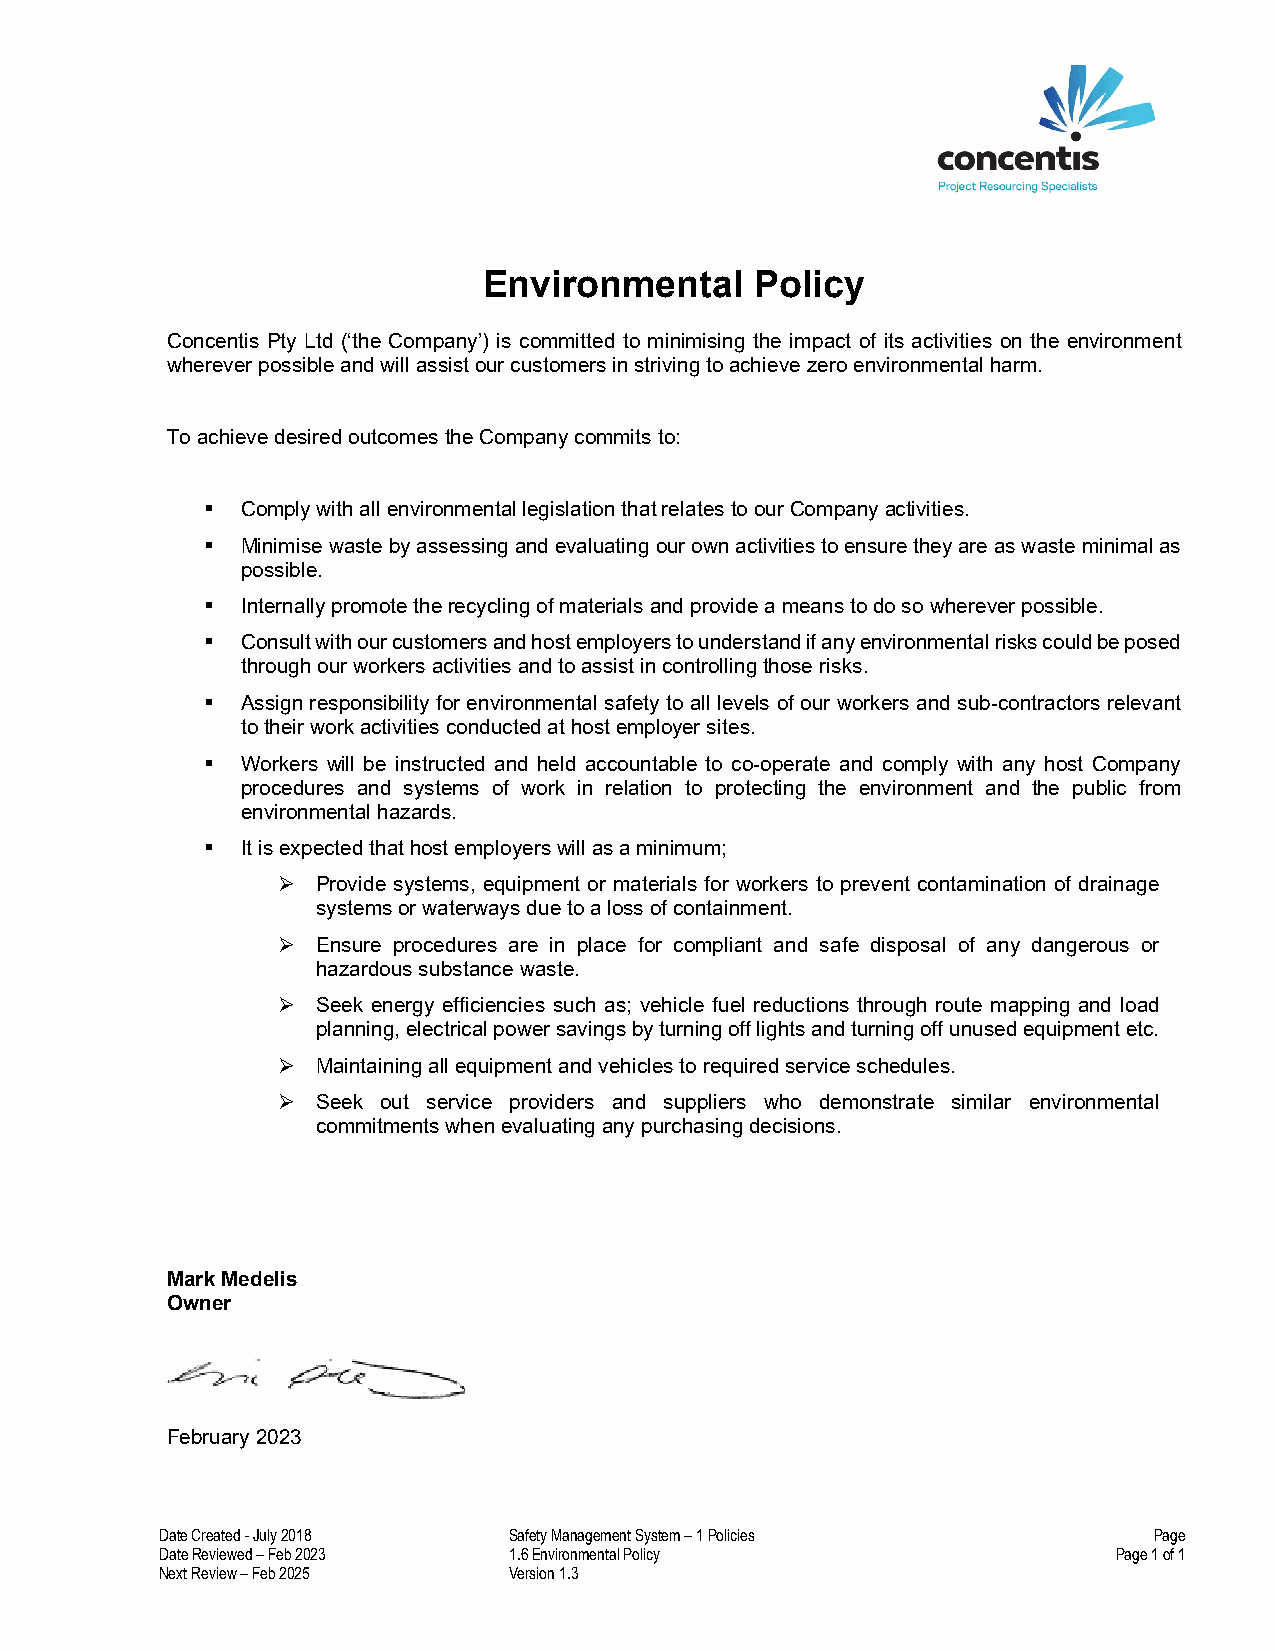
Environmental     Policy
 Concentis Pty Ltd (‘the Company’) is committed to minimising the impact of its activities on the environment
 wherever possible and will assist our customers in striving to achieve zero environmental harm.
 To achieve desired outcomes the Company commits to:
  Comply with all environmental legislation that relates to our Company activities.
  Minimise waste by assessing and evaluating our own activities to ensure they are as waste minimal as
 possible.
  Internally promote the recycling of materials and provide a means to do so wherever possible.
  Consult with our customers and host employers to understand if any environmental risks could be posed
 through our workers activities and to assist in controlling those risks.
  Assign responsibility for environmental safety to all levels of our workers and sub-contractors relevant
 to their work activities conducted at host employer sites.
  Workers will be instructed and held accountable to co-operate and comply with any host Company
 procedures and systems of work in relation to protecting the environment and the public from
 environmental hazards.
  It is expected that host employers will as a minimum;
   Provide systems, equipment or materials for workers to prevent contamination of drainage
 systems or waterways due to a loss of containment.
   Ensure procedures are in place for compliant and safe disposal of any dangerous or
 hazardous substance waste.
   Seek energy efficiencies such as; vehicle fuel reductions through route mapping and load
 planning, electrical power savings by turning off lights and turning off unused equipment etc.
   Maintaining all equipment and vehicles to required service schedules.
   Seek out service providers and suppliers who demonstrate similar environmental
 commitments when evaluating any purchasing decisions.
 Mark Medelis
 Owner
 February 2023
 Date Created - July 2018 Safety Management System – 1 Policies   Page
 Date Reviewed – Feb 2023 1.6 Environmental Policy              Page 1 of 1
 Next Review – Feb 2025 Version 1.3